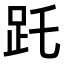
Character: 𧿌